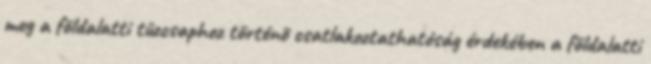
meg a földalatti tûzcsaphoz történõ csatlakoztathatóság érdekében a földalatti